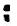
: